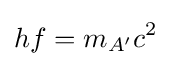
hf=m_{A^{\prime }}c^{2}